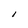
Character: I